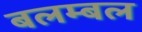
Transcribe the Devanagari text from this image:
बलम्बल